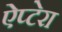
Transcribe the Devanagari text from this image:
ऐप्टेरा